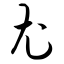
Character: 尤